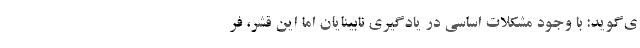
ی‌گوید: با وجود مشکلات اساسی در یادگیری نابینایان اما این قشر، فر